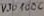
Text: V301006